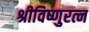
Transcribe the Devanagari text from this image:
श्रीविष्णुरत्न